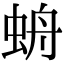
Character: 𧊓